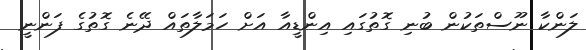
ލަންކާ ނޫސްތަކުން ބުނި ގޮތުގައި އިންޑީއާ އަށް ހަމަލާތައް ދޭނެ ގޮތުގެ ފަންނީ